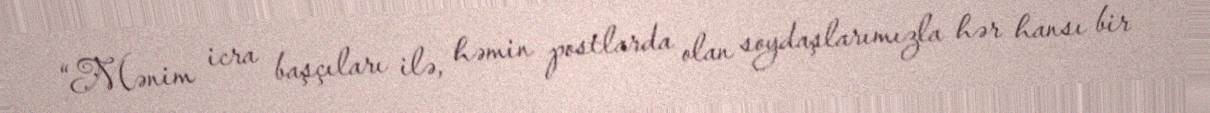
“Mənim icra başçıları ilə, həmin postlarda olan soydaşlarımızla hər hansı bir